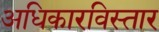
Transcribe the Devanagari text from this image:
अधिकारविस्तार